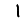
Digit: 1